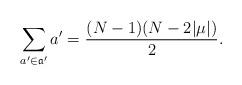
LaTeX: \begin{align*}\sum_{a' \in \mathfrak{a}'} a'=\frac{(N-1)(N - 2|\mu|)}{2}.\end{align*}